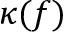
\kappa ( f )